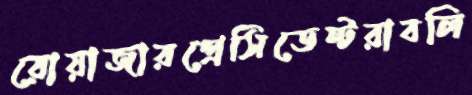
রোয়াজারপ্রেসিডেন্টরাবলি